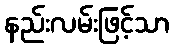
နည်းလမ်းဖြင့်သာ